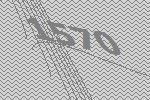
1570